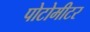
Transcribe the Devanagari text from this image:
पोटोमीटर